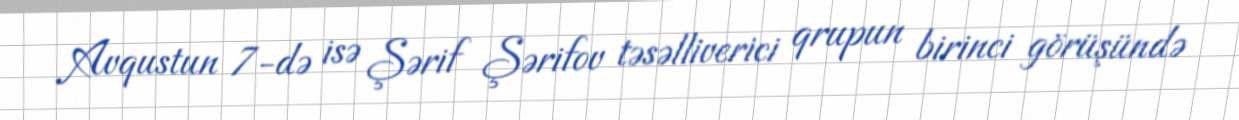
Avqustun 7-də isə Şərif Şərifov təsəlliverici qrupun birinci görüşündə